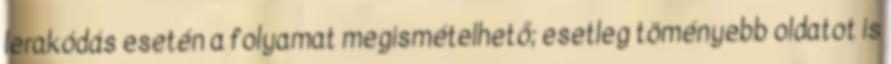
lerakódás esetén a folyamat megismételhető; esetleg töményebb oldatot is